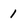
Character: 1